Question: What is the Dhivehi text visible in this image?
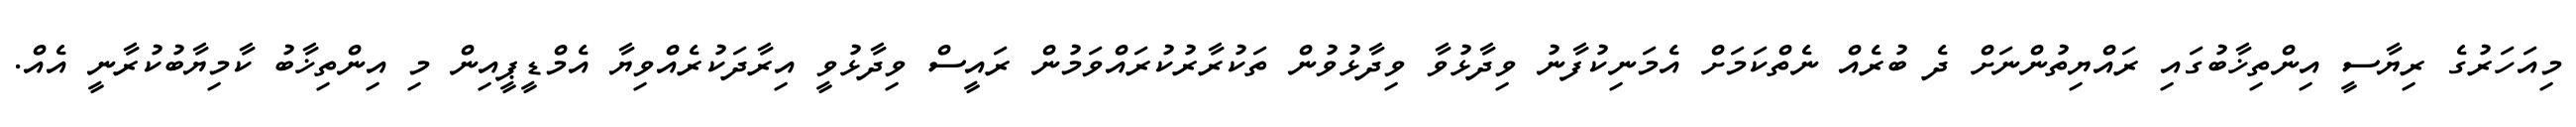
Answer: މިއަހަރުގެ ރިޔާސީ އިންތިޚާބުގައި ރައްޔިތުންނަށް ދެ ބުރެއް ނެތްކަމަށް އެމަނިކުފާނު ވިދާޅުވާ ވިދާޅުވުން ތަކުރާރުކުރައްވަމުން ރައީސް ވިދާޅުވީ އިރާދަކުރެއްވިޔާ އެމްޑީޕީއިން މި އިންތިޚާބު ކާމިޔާބުކުރާނީ އެއް.